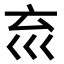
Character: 𡿮